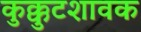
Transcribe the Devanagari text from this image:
कुक्कुटशावक